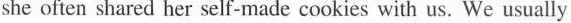
she often shared her self-made cookies with us. We usually